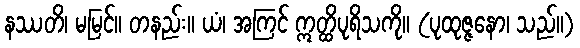
နဿတိ၊ မမြင်။ တနည်း။ ယံ၊ အကြင် ဣတ္ထိပုရိသကို။ (ပုထုဇ္ဇနော၊ သည်။)